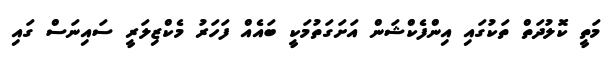
މަތީ ކޮލުދަތް ތަކުގައި އިންފެކްޝަން އަށަގަތުމަކީ ބައެއް ފަހަރު މެކްޒިލަރީ ސައިނަސް ގައި